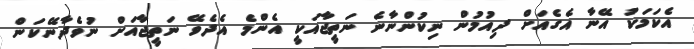
އެކަމަކު އޭނާ އެގެއަށް ދިއުމުން ނިކުންނާނެ ނަތީޖާއަކީ އެންމެ އެދެވޭ ނަތީޖާއަށް ނުވެދާނޭކަން